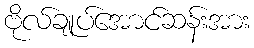
ဗိုလ်ချုပ်အောင်ဆန်းအား